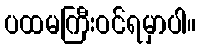
ပထမကြီးဝင်ရမှာပါ။